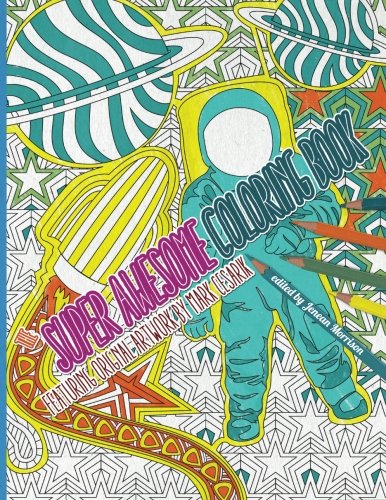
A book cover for The Super Awesome Coloring Book: 50 Super Awesome Designs for the Modern Coloring Enthusiast; Mark Cesarik; Arts & Photography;